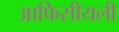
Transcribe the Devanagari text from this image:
आफिसीयली